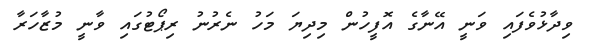
ވިދާޅުވެފައި ވަނީ އޭނާގެ އޮފީހުން މިދިޔަ މަހު ނެރުނު ރިޕޯޓުގައި ވާނީ މުޒާހަރާ